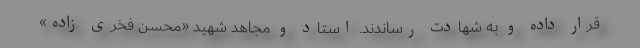
قرار داده و به شهادت رساندند. استاد و مجاهد شهید «محسن فخری زاده»